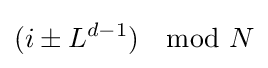
(i\pm L^{d-1})\mod N